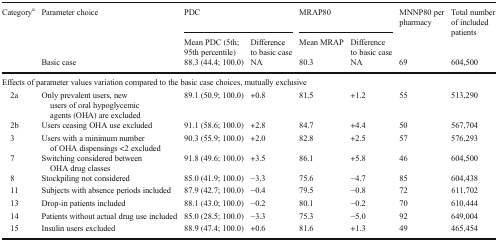
<table><thead><tr><td><b>Category<sup>a</sup></b></td><td><b>Parameter choice</b></td><td colspan="2"><b>PDC</b></td><td colspan="2"><b>MRAP80</b></td><td><b>MNNP80 per pharmacy</b></td><td><b>Total number of included patients</b></td></tr><tr><td></td><td></td><td><b>Mean PDC (5th; 95th percentile)</b></td><td><b>Difference to basic case</b></td><td><b>Mean MRAP</b></td><td><b>Difference to basic case</b></td><td></td><td></td></tr><tr><td></td><td><b>Basic case</b></td><td><b>88.3 (44.4; 100.0)</b></td><td><b>NA</b></td><td><b>80.3</b></td><td><b>NA</b></td><td><b>69</b></td><td><b>604,500</b></td></tr></thead><tbody><tr><td colspan="8">Effects of parameter values variation compared to the basic case choices, mutually exclusive</td></tr><tr><td> 2a</td><td>Only prevalent users, new users of oral hypoglycemic agents (OHA) are excluded</td><td>89.1 (50.9; 100.0)</td><td>+0.8</td><td>81.5</td><td>+1.2</td><td>55</td><td>513,290</td></tr><tr><td> 2b</td><td>Users ceasing OHA use excluded</td><td>91.1 (58.6; 100.0)</td><td>+2.8</td><td>84.7</td><td>+4.4</td><td>50</td><td>567,704</td></tr><tr><td> 3</td><td>Users with a minimum number of OHA dispensings &lt;2 excluded</td><td>90.3 (55.9; 100.0)</td><td>+2.0</td><td>82.8</td><td>+2.5</td><td>57</td><td>576,293</td></tr><tr><td> 7</td><td>Switching considered between OHA drug classes</td><td>91.8 (49.6; 100.0)</td><td>+3.5</td><td>86.1</td><td>+5.8</td><td>46</td><td>604,500</td></tr><tr><td> 8</td><td>Stockpiling not considered</td><td>85.0 (41.9; 100.0)</td><td>−3.3</td><td>75.6</td><td>−4.7</td><td>85</td><td>604,438</td></tr><tr><td> 11</td><td>Subjects with absence periods included</td><td>87.9 (42.7; 100.0)</td><td>−0.4</td><td>79.5</td><td>−0.8</td><td>72</td><td>611,702</td></tr><tr><td> 13</td><td>Drop-in patients included</td><td>88.1 (43.0; 100.0)</td><td>−0.2</td><td>80.1</td><td>−0.2</td><td>70</td><td>610,444</td></tr><tr><td> 14</td><td>Patients without actual drug use included</td><td>85.0 (28.5; 100.0)</td><td>−3.3</td><td>75.3</td><td>−5.0</td><td>92</td><td>649,004</td></tr><tr><td> 15</td><td>Insulin users excluded</td><td>88.9 (47.4; 100.0)</td><td>+0.6</td><td>81.6</td><td>+1.3</td><td>49</td><td>465,454</td></tr></tbody></table>